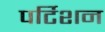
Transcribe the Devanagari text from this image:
पर्टिशन